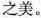
之美。